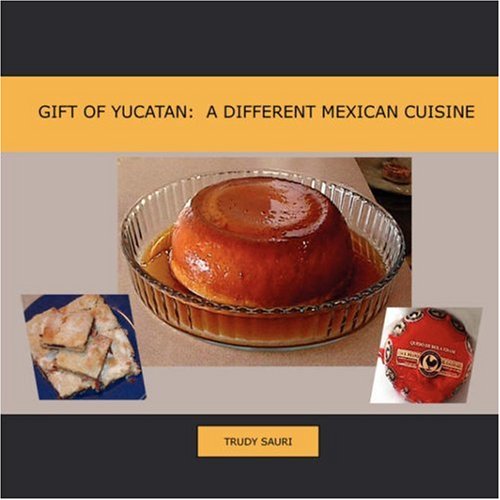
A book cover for Gift of Yucatan: A Different Mexican Cuisine; Trudy Sauri; Travel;